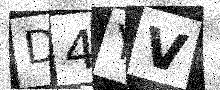
Text: D4YV